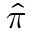
\hat { \pi }